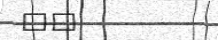
٣٩